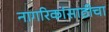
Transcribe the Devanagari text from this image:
नागरिकांसाठीचा